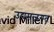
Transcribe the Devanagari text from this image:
उद्यमजगत